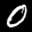
Label: 0